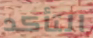
التأكد